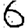
Digit: 6